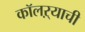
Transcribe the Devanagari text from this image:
कॉलऱ्याची